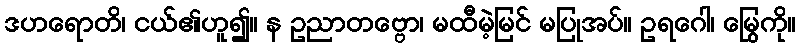
ဒဟရောတိ၊ ငယ်၏ဟူ၍။ န ဥညာတဗ္ဗော၊ မထီမဲ့မြင် မပြုအပ်။ ဥရဂေါ၊ မြွေကို။